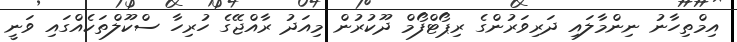
އިމްތިހާނު ނިންމާލައި ދަރިވަރުންގެ ރިޕޯޓްފޯމް ދޫކުރުން މިއަދު ރާއްޖޭގެ ހުރިހާ ސްކޫލްތަކެއްގައި ވަނީ